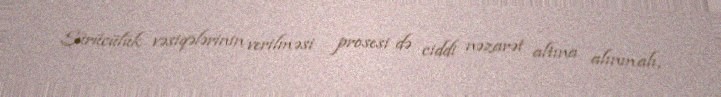
Sürücülük vəsiqələrinin verilməsi prosesi də ciddi nəzarət altına alınmalı,